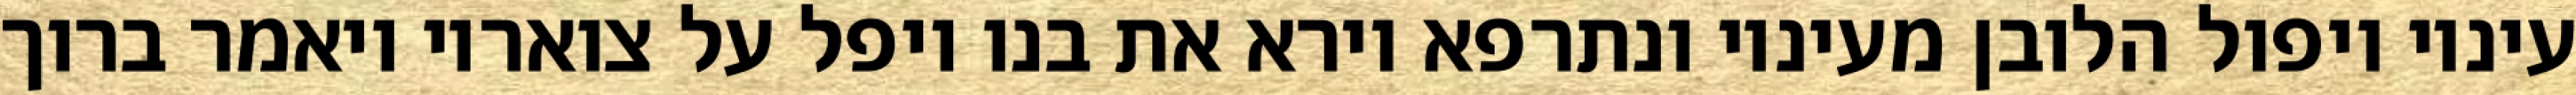
עיניו ויפול הלובן מעיניו ונתרפא וירא את בנו ויפל על צואריו ויאמר ברוך